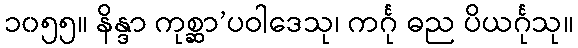
၁၀၅၅။ နိန္ဒာ ကုစ္ဆာ’ပဝါဒေသု၊ ကင်္ဂု ဓည ပိယင်္ဂုသု။